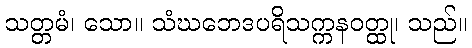
သတ္တမံ၊ သော။ သံဃဘေဒပရိသက္ကနဝတ္ထု၊ သည်။